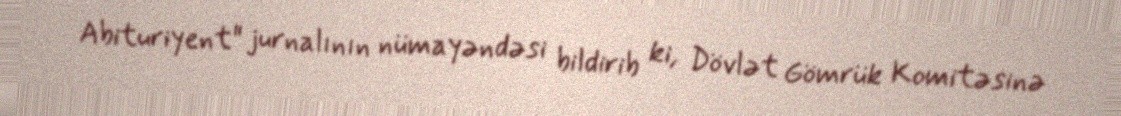
Abituriyent" jurnalının nümayəndəsi bildirib ki, Dövlət Gömrük Komitəsinə